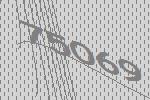
75069